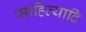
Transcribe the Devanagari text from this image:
साहित्यादि